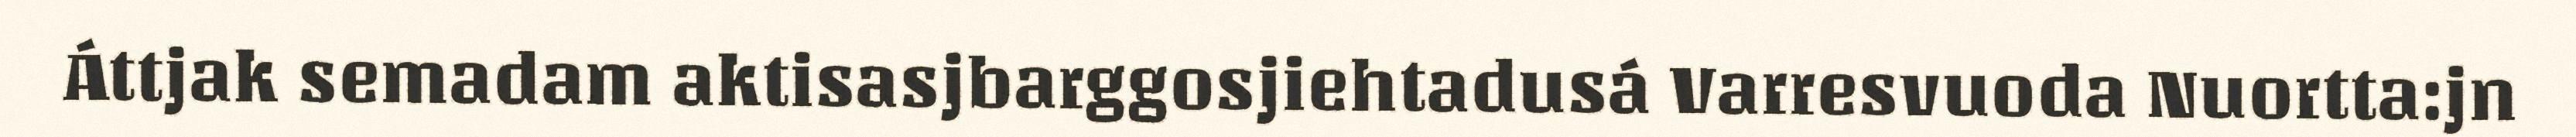
Áttjak semadam aktisasjbarggosjiehtadusá Varresvuoda Nuortta:jn